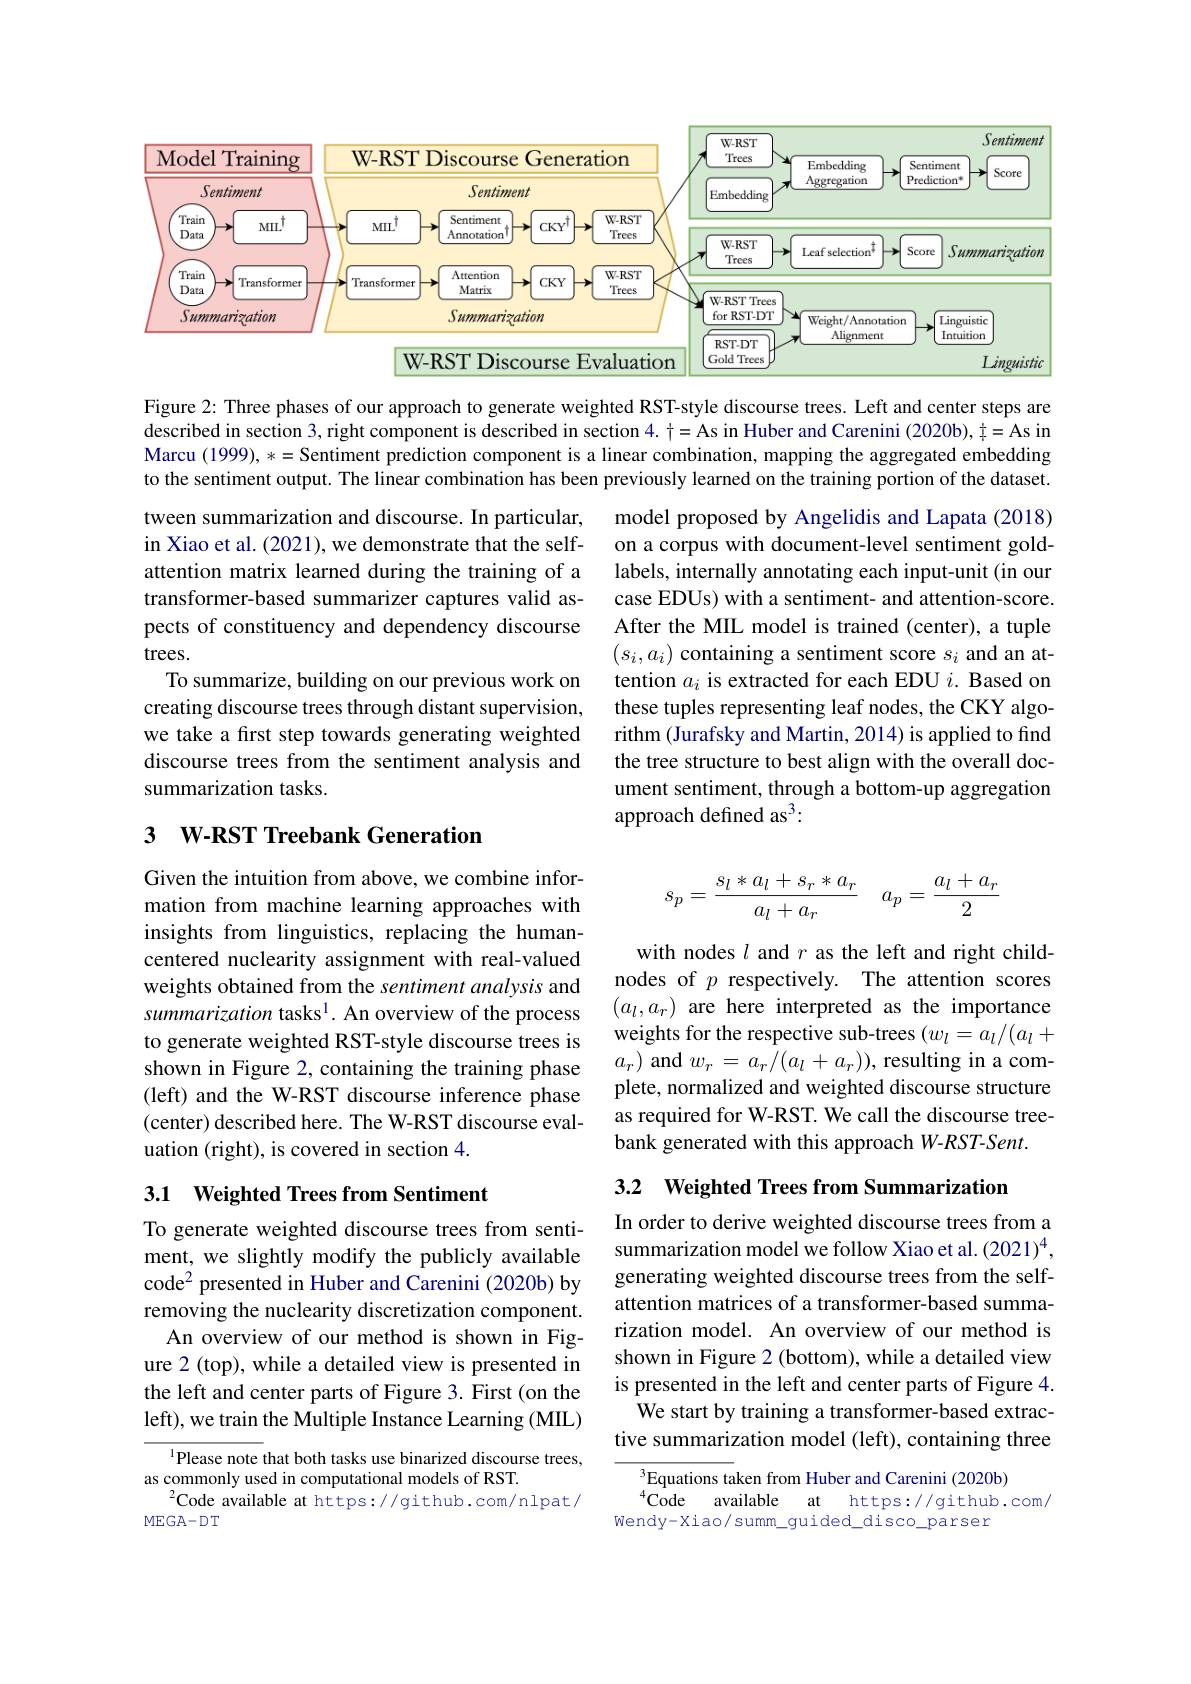
<FigureHere>

Figure 2: Three phases of our approach to generate weighted RST-style discourse trees. Left and center steps are described in section 3, right component is described in section $4.\dagger=$As in Huber and Carenini (2020b), $\dagger=$As in Marcu (1999), $*=\hat{\text{Sentiment prediction component is alinear combination, mapping the aggregated embedding}}$ to the sentiment output. The linear combination has been previously learned on the training portion of the dataset.

tween summarization and discourse. In particular, in Xiao et al. (2021), we demonstrate that the selfattention matrix learned during the training of a transformer-based summarizer captures valid aspects of constituency and dependency discourse trees.
To summarize, building on our previous work on creating discourse trees through distant supervision, we take a first step towards generating weighted discourse trees from the sentiment analysis and summarization tasks.

model proposed by Angelidis and Lapata (2018) on a corpus with document-level sentiment goldlabels, internally annotating each input-unit (in our case EDUs) with a sentiment- and attention-score. After the MIL model is trained (center), a tuple $(s_i,a_i)$ containing a sentiment score $s_i$ and an attention $a_i$ is extracted for each EDU $i.$ Based on these tuples representing leaf nodes, the CKY algorithm (Jurafsky and Martin, 2014) is applied to find the tree structure to best align with the overall document sentiment, through a bottom-up aggregation approach defined as$^3:$

# 3 $\textbf{W- RST Treebank Generation}$
$$s_p=\frac{s_l*a_l+s_r*a_r}{a_l+a_r}\quad a_p=\frac{a_l+a_r}{2}$$
Given the intuition from above, we combine information from machine learning approaches with insights from linguistics, replacing the humancentered nuclearity assignment with real-valued weights obtained from the sentiment analysis and summarization tasks$^1.$ An overview of the process to generate weighted RST-style discourse trees is shown in Figure 2, containing the training phase (left) and the W-RST discourse inference phase (center) described here. The W-RST discourse evaluation (right), is covered in section 4.

with nodes $l$ and $r$ as the left and right childnodes of $p$ respectively. The attention scores $(a_l,a_r)$ are here interpreted as the importance weights for the respective sub-trees $(w_l=a_l/(a_l+$ $a_r)$ and $w_r=a_r/(a_l+a_r))$, resulting in a complete, normalized and weighted discourse structure as required for W-RST. We call the discourse treebank generated with this approach W-RST-Sent.

3.2 Weighted Trees from Summarization

## 3.1 Weighted Trees from Sentiment

To generate weighted discourse trees from sentiment, we slightly modify the publicly available code$^{2}$ presented in Huber and Carenini (2020b) by removing the nuclearity discretization component.
An overview of our method is shown in Figure 2 (top), while a detailed view is presented in the left and center parts of Figure 3. First (on the left), we train the Multiple Instance Learning (MIL)

In order to derive weighted discourse trees from a summarization model we follow Xiao et al. (2021)$^{4}$, generating weighted discourse trees from the selfattention matrices of a transformer-based summarization model. An overview of our method is shown in Figure 2 (bottom), while a detailed view is presented in the left and center parts of Figure 4.
We start by training a transformer-based extractive summarization model (left), containing three

$^{1}$Please note that both tasks use binarized discourse trees,
as commonly used in computational models of RST.
$^{2}$Code available at https://github.com/nlpat/
$\operatorname{MEGA-DT}$

$^{3}$Equations taken from Huber and Carenini (2020b)
${}^{4}\dot{\mathrm{Code}}$
available at https://github.com/
Wendy-Xiao/summ\_guided\_disco\_parser